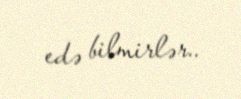
edə bilmirlər..